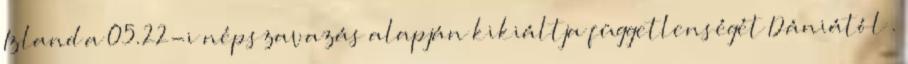
Izland a 05.22-i népszavazás alapján kikiáltja függetlenségét Dániától .